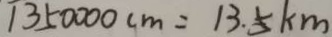
1 3 5 0 0 0 0 c m = 1 3 . 5 k m